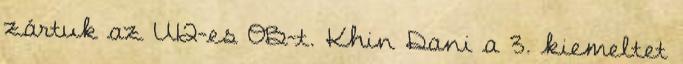
zártuk az U12-es OB-t. Khin Dani a 3. kiemeltet